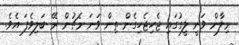
މިލާން ވަނީ ލީގުގައި ޖެހިޖެހިގެން ތިން ވަނަ މެޗުން ރޭ ބަލިވެފަ އެވެ.